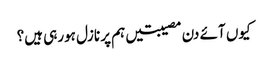
کیوں آئے دن مصیبتیں ہم پر نازل ہورہی ہیں؟